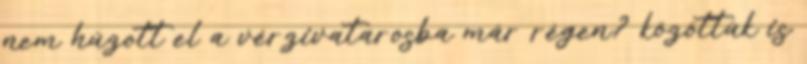
nem húzott el a vérzivatarosba már régen? közöttük is